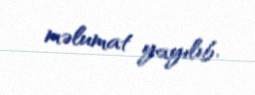
məlumat yayılıb.